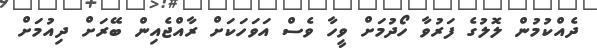
ދެއްކުމުން ލޮލުގެ ފަރުވާ ހޯދުމަށް ވީހާ ވެސް އަވަހަކަށް ރާއްޖެއިން ބޭރަށް ދިއުމަށް